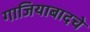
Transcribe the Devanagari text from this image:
गाजियाबादचे